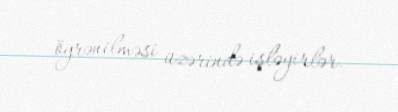
öyrənilməsi üzərində işləyirlər.